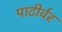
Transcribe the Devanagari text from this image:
पाटीर्वर